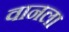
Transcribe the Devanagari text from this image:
वानला